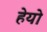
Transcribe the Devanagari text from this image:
हेयो